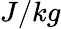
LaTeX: J/kg